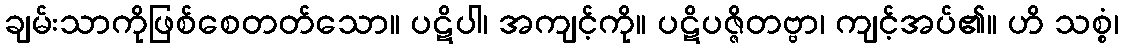
ချမ်းသာကိုဖြစ်စေတတ်သော။ ပဋိပါ၊ အကျင့်ကို။ ပဋိပဇ္ဇိတဗ္ဗာ၊ ကျင့်အပ်၏။ ဟိ သစ္စံ၊